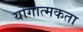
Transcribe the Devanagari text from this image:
योगात्मकता